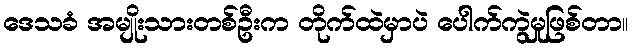
ဒေသခံ အမျိုးသားတစ်ဦးက တိုက်ထဲမှာပဲ ပေါက်ကွဲမှုဖြစ်တာ။